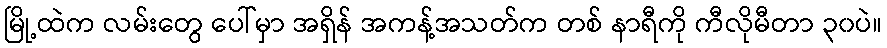
မြို့ထဲက လမ်းတွေ ပေါ်မှာ အရှိန် အကန့်အသတ်က တစ် နာရီကို ကီလိုမီတာ ၃၀ပဲ။